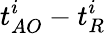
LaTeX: t_{AO}^{i}-t_{R}^{i}